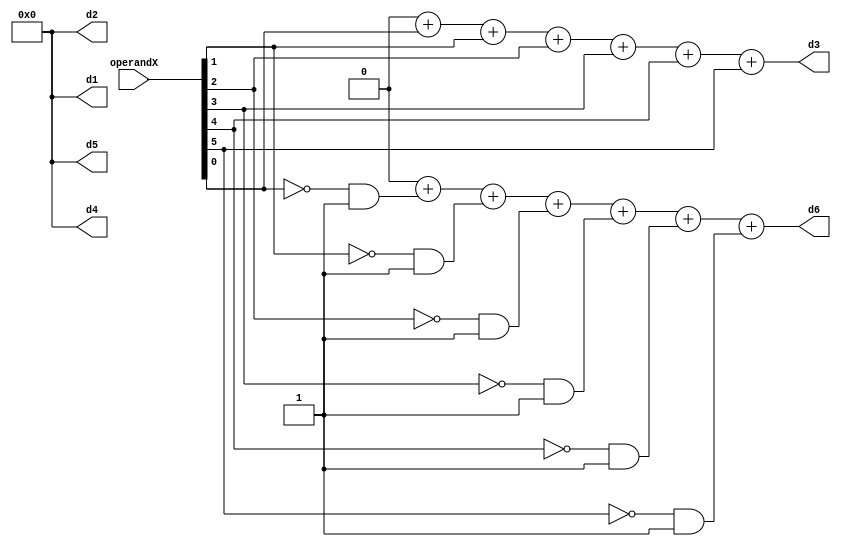
`timescale 1ns / 1ps
//////////////////////////////////////////////////////////////////////////////////
// Company: 
// Engineer: 
// 
// Design Name: 
// Module Name:    Operation4 
// Project Name: 
// Target Devices: 
// Tool versions: 
// Description: 
//
// Dependencies: 
//
// Revision: 
// Revision 0.01 - File Created
// Additional Comments: 
//
//////////////////////////////////////////////////////////////////////////////////
module Operation4(
    input [5:0] operandX,
    output reg [3:0] d1,
    output reg [3:0] d2,
    output reg [3:0] d3,
    output reg [3:0] d4,
    output reg [3:0] d5,
    output reg [3:0] d6
    );
	 
	 integer one;
	 integer zero;
	 integer i;
	 
	 always @ (*)
	 begin
		one = 0;
		zero = 0;
		 for (i = 0; i < 6; i = i+1)
		 begin
			zero = zero + (~operandX[i] & 1);
			one = one + operandX[i];
		 end
		 
		 d1 = 4'b0000;
		 d2 = 4'b0000;
		 d3 = one;
		 d4 = 4'b0000;
		 d5 = 4'b0000;
		 d6 = zero; 
	end

endmodule